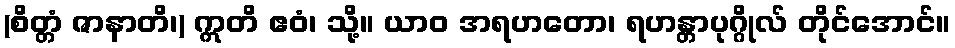
(စိတ္တံ ဇာနာတိ၊) ဣတိ ဧဝံ၊ သို့။ ယာဝ အရဟတော၊ ရဟန္တာပုဂ္ဂိုလ် တိုင်အောင်။